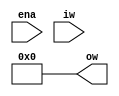
module p19_wrapper (
  input wire ena,
  input wire [17:0] iw,
  output wire [23:0] ow
);

wire _unused = &{iw, 'b0};
assign ow = 24'b0;

endmodule